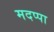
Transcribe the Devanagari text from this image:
मदप्पा